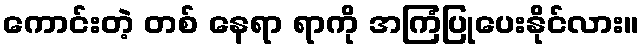
ကောင်းတဲ့ တစ် နေရာ ရာကို အကြံပြုပေးနိုင်လား။